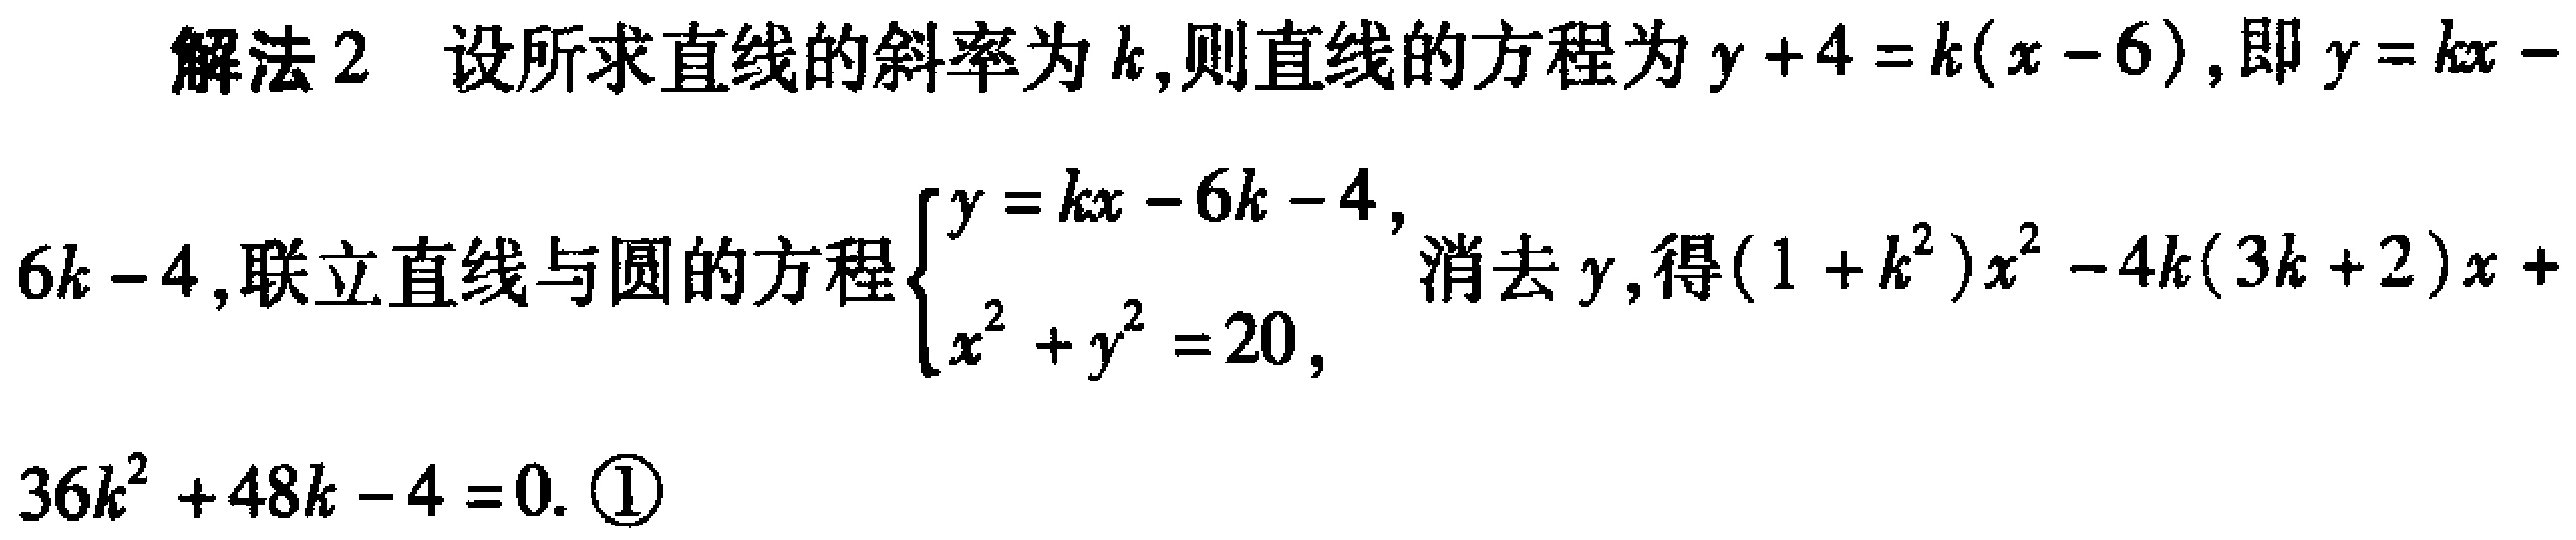
解法2 设所求直线的斜率为\(k\)，则直线的方程为\(y + 4 = k(x - 6)\)，即\(y = kx - 6k - 4\)，联立直线与圆的方程\(\begin{cases}y = kx - 6k - 4,\\x^{2} + y^{2} = 20,\end{cases}\)消去\(y\)，得\((1 + k^{2})x^{2} - 4k(3k + 2)x + 36k^{2} + 48k - 4 = 0.\) \textcircled{1}